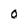
Character: O